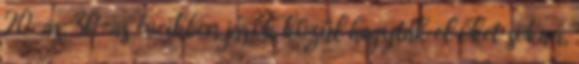
20-as, 30-as éveikben járók közül hagyták el őket sokan,